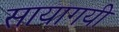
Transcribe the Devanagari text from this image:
सायागयी